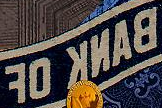
BANK OF